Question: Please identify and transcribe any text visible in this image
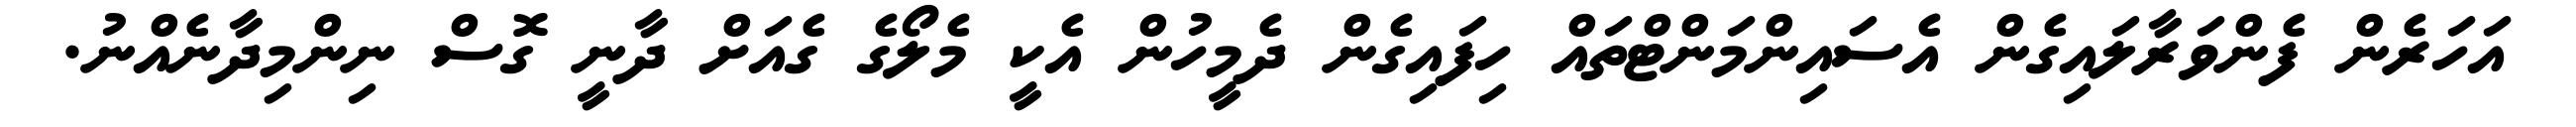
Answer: އަހަރެން ފެންވަރާލައިގެން އެސައިންމަންޓްތައް ހިފައިގެން ދެމީހުން އެކީ މެލޯގެ ގެއަށް ދާނީ ގޮސް ނިންމިދާނެއްނު.